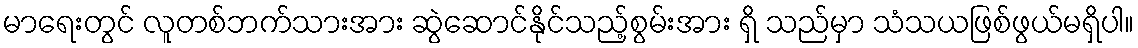
မာရေးတွင် လူတစ်ဘက်သားအား ဆွဲဆောင်နိုင်သည့်စွမ်းအား ရှိ သည်မှာ သံသယဖြစ်ဖွယ်မရှိပါ။